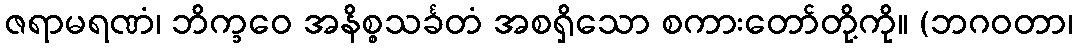
ဇရာမရဏံ၊ ဘိက္ခဝေ အနိစ္စသင်္ခတံ အစရှိသော စကားတော်တို့ကို။ (ဘဂဝတာ၊